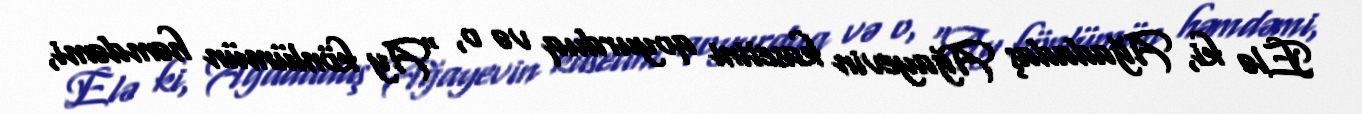
Elə ki, Ağadadaş Ağayevin kasetini qoyurduq və o, “Ay könlümün həmdəmi,